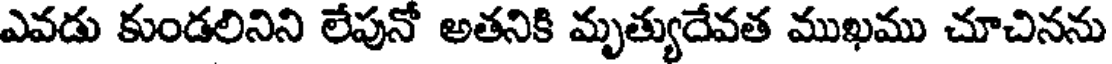
ఎవడు కుండలినిని లేపునో అతనికి మృత్యుదేవత ముఖము చూచినను